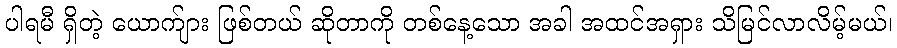
ပါရမီ ရှိတဲ့ ယောက်ျား ဖြစ်တယ် ဆိုတာကို တစ်နေ့သော အခါ အထင်အရှား သိမြင်လာလိမ့်မယ်၊